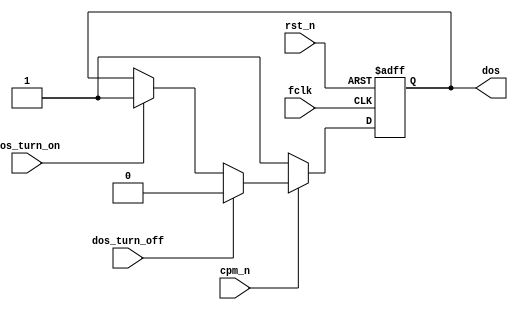
module zdos(

	input  wire        fclk,
	input  wire        rst_n,


	input  wire        dos_turn_on,
	input  wire        dos_turn_off,

	input  wire        cpm_n,


	output reg         dos
);







	always @(posedge fclk, negedge rst_n)
	if( !rst_n )
	begin
		dos = 1'b1;
	end
	else // posedge fclk
	begin
		if( !cpm_n )
			dos <= 1'b1;
		else if( dos_turn_off )
			dos <= 1'b0;
		else if( dos_turn_on )
			dos <= 1'b1;
	end







endmodule